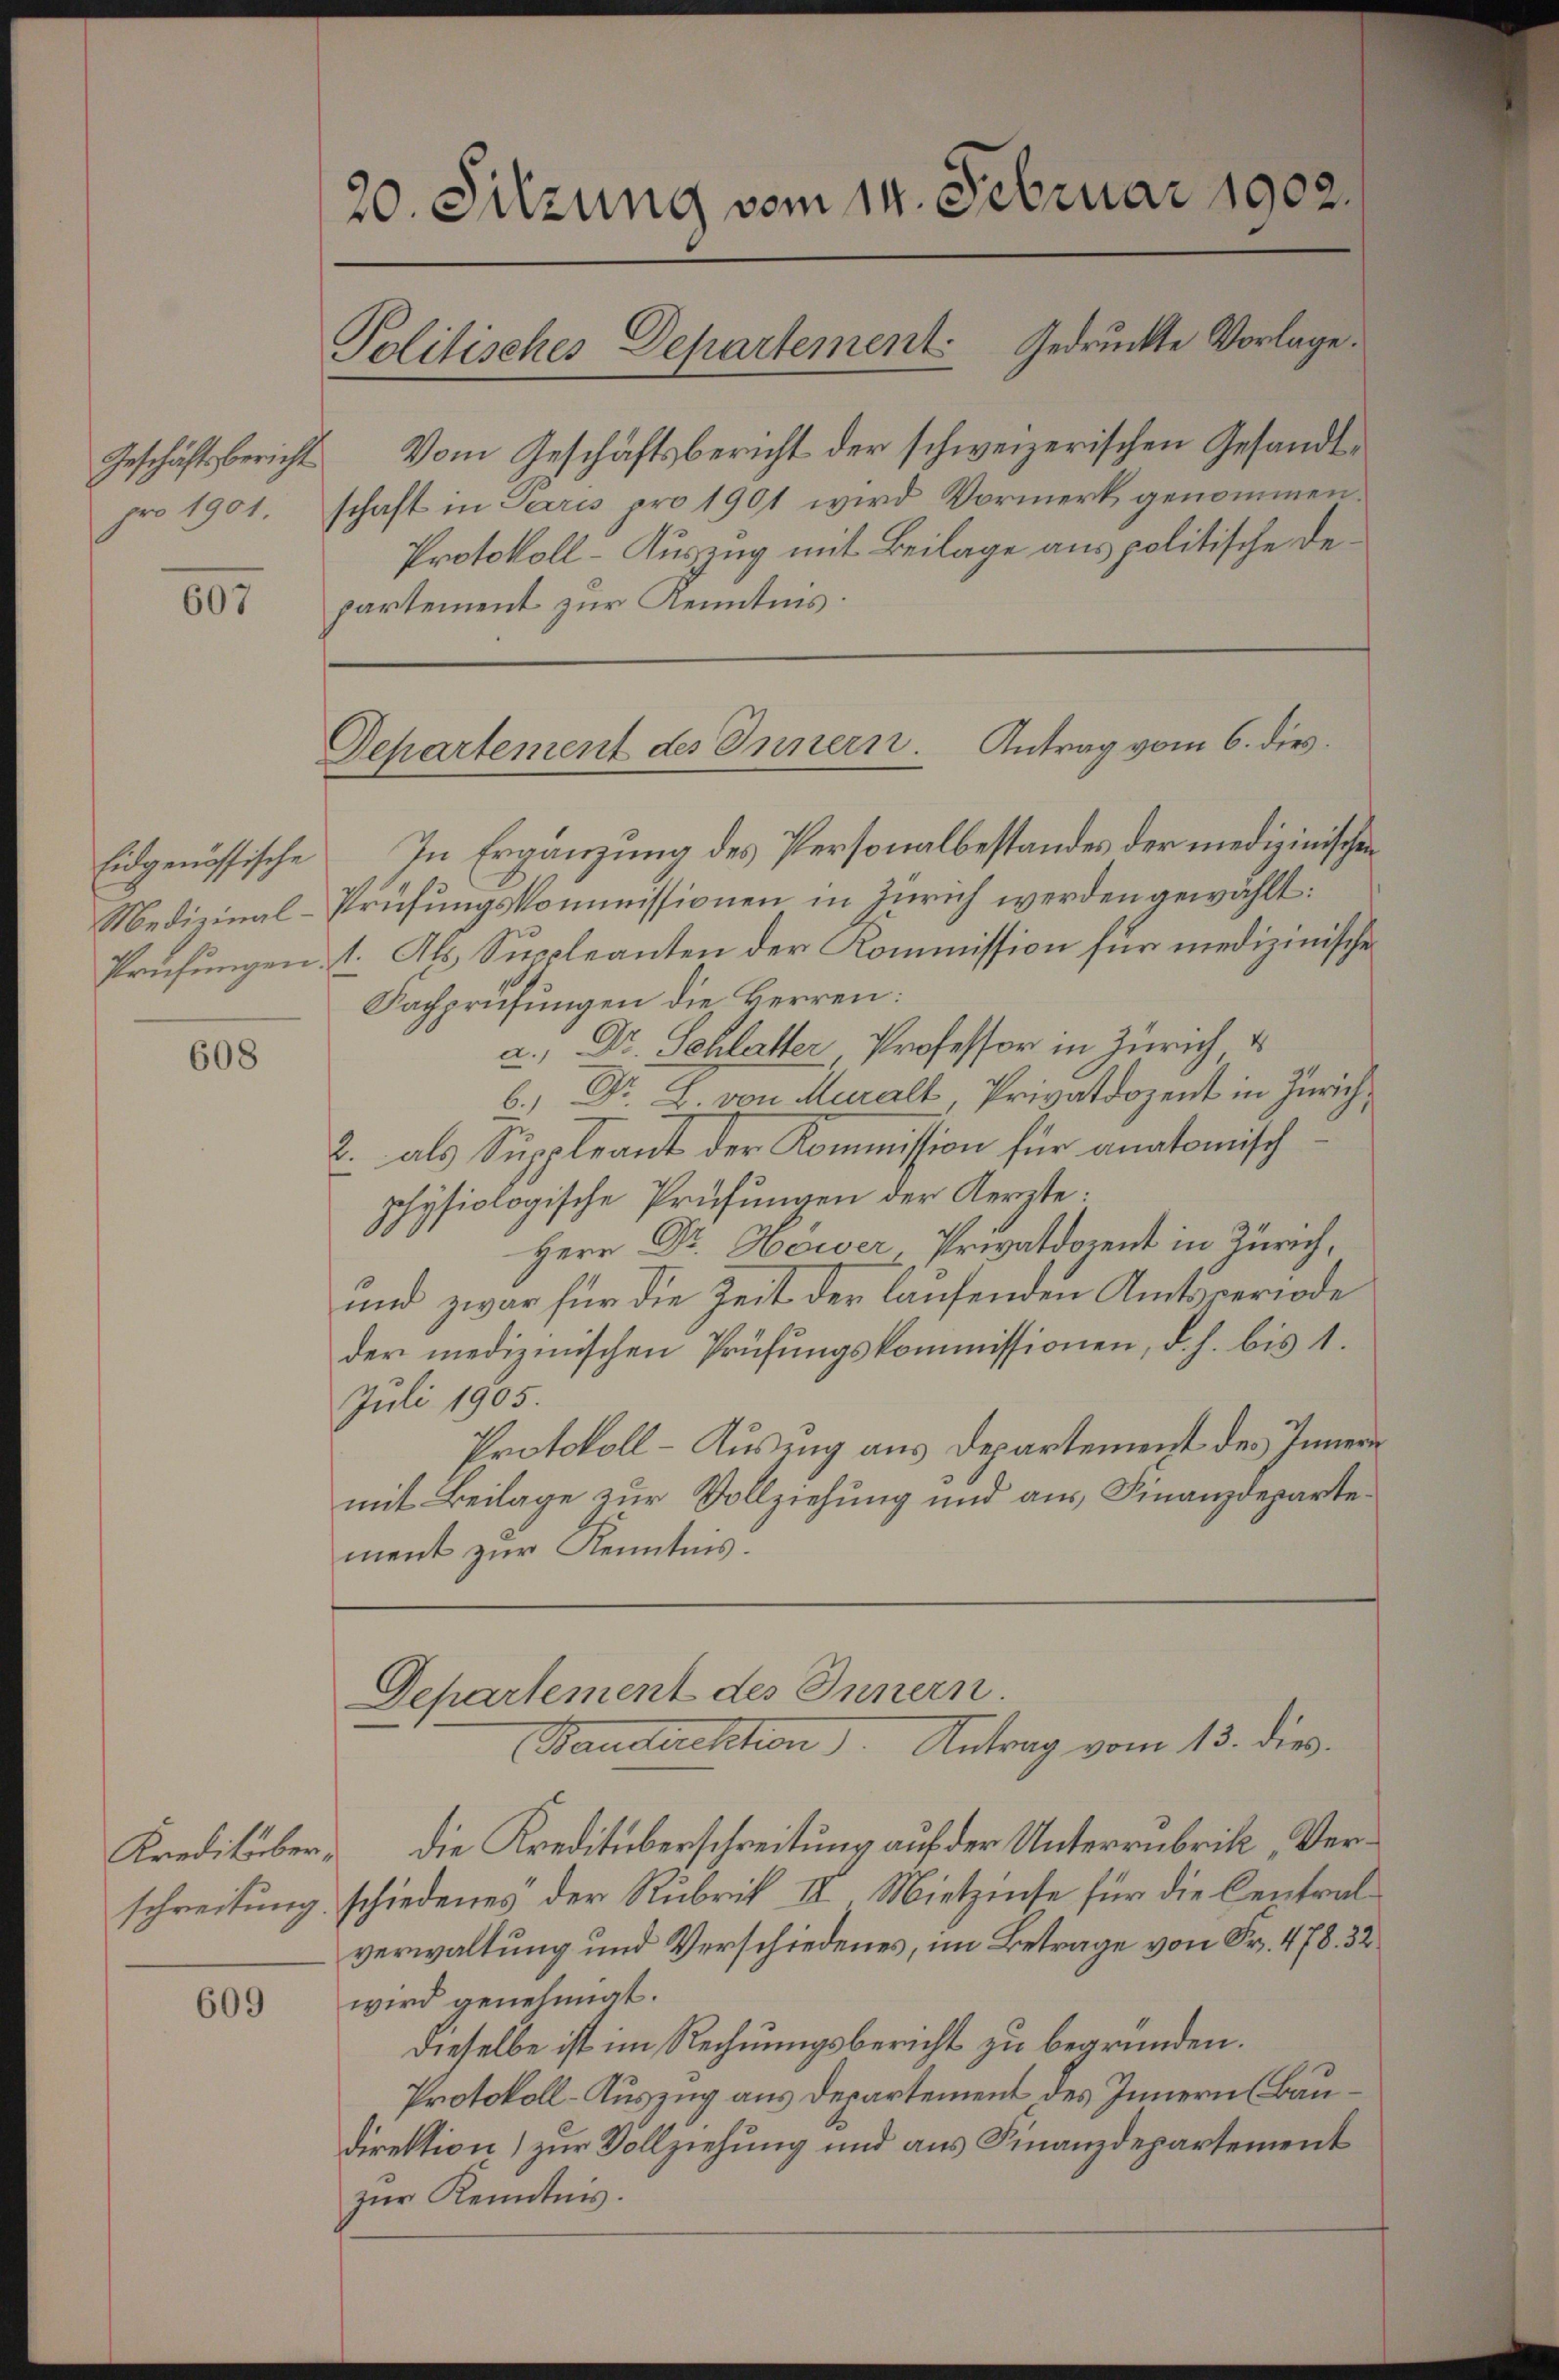
pro 1901.

607

608

Kreditüberschreitung

609

20. Sitzung vom 14. Februar 1902.
Politisches Departement. Gedruckte Vorlage.

Geschäftsbericht vom Geschäftsbericht der schweizerischen Gesandtschaft in Paris pro 1901 wird Vormerk genommen.
Protokoll-Auszug mit Beilage aus politische Departement zur Kenntnis:

Departement des Innern. Antrag vom 6. dies

Departement des Innern.
Baudirektion) Antrag vom 15. dies

Eidgenössische In Ergänzung des Personalbestandes der medizinischen
Medizinal-Prüfungskommissionen in Zürich werden gewählt:
Prüfungen: 1. Als Suppleanten der Kommission für medizinischen
Fachprüfungen die Herren:
a.) Dr. Schlatter, Professor in Zürich
6.) Dr. L. von Muralt, Privatdozent in Zürich,
2. als Suppleant der Kommission für anatomischphysiologische Prüfungen der Aerzte.
Herr Dr. Hower, Privatdorent in Zürich,
und zwar für die Zeit der laufenden Amtsveriode
der medizinischen Prüfŭngskommissionen, d. h. bis 1.
Juli 1905.
Protokoll-Auszug aus Departement des Innern
mit Beilage zur Vollziehung und aus Finanzdepartement zur Kenntnis.

die Kreditüberschreitung auf der Unterrubrik „Verschiedenes der Rubrik III. Mietzinse für die Centralverwaltung und Verschiedenes, im Betrage von Fr. 478. 32
wird genehmigt.
dieselbe ist im Rechnungsbericht zu begründen.
Protokoll-Auszug aus Departement des Innern (Baudirektion) zur Vollziehung und aus Finanzdepartement
zŭr Kenntnis.